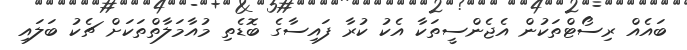
ބައެއް ރިސޯޓްތަކުން އެޖެންސީތަކާ އެކު ކުރާ ފައިސާގެ ބޮޑެތި މުއާމަލާތްތަކަށް ޗެކު ބަލައި